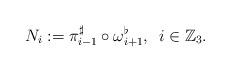
LaTeX: \begin{align*} N_i:=\pi_{i-1}^{\sharp}\circ\omega_{i+1}^{\flat}, \,\,\, i \in \mathbb{Z}_3.\end{align*}